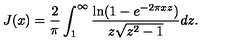
J ( x ) = \frac { 2 } { \pi } \int _ { 1 } ^ { \infty } \frac { \ln ( 1 - e ^ { - 2 \pi x z } ) } { z \sqrt { z ^ { 2 } - 1 } } d z .